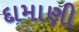
દામાણી